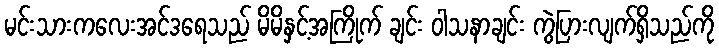
မင်းသားကလေးအင်ဒရေသည် မိမိနှင့်အကြိုက် ချင်း ဝါသနာချင်း ကွဲပြားလျက်ရှိသည်ကို